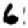
Digit: 6